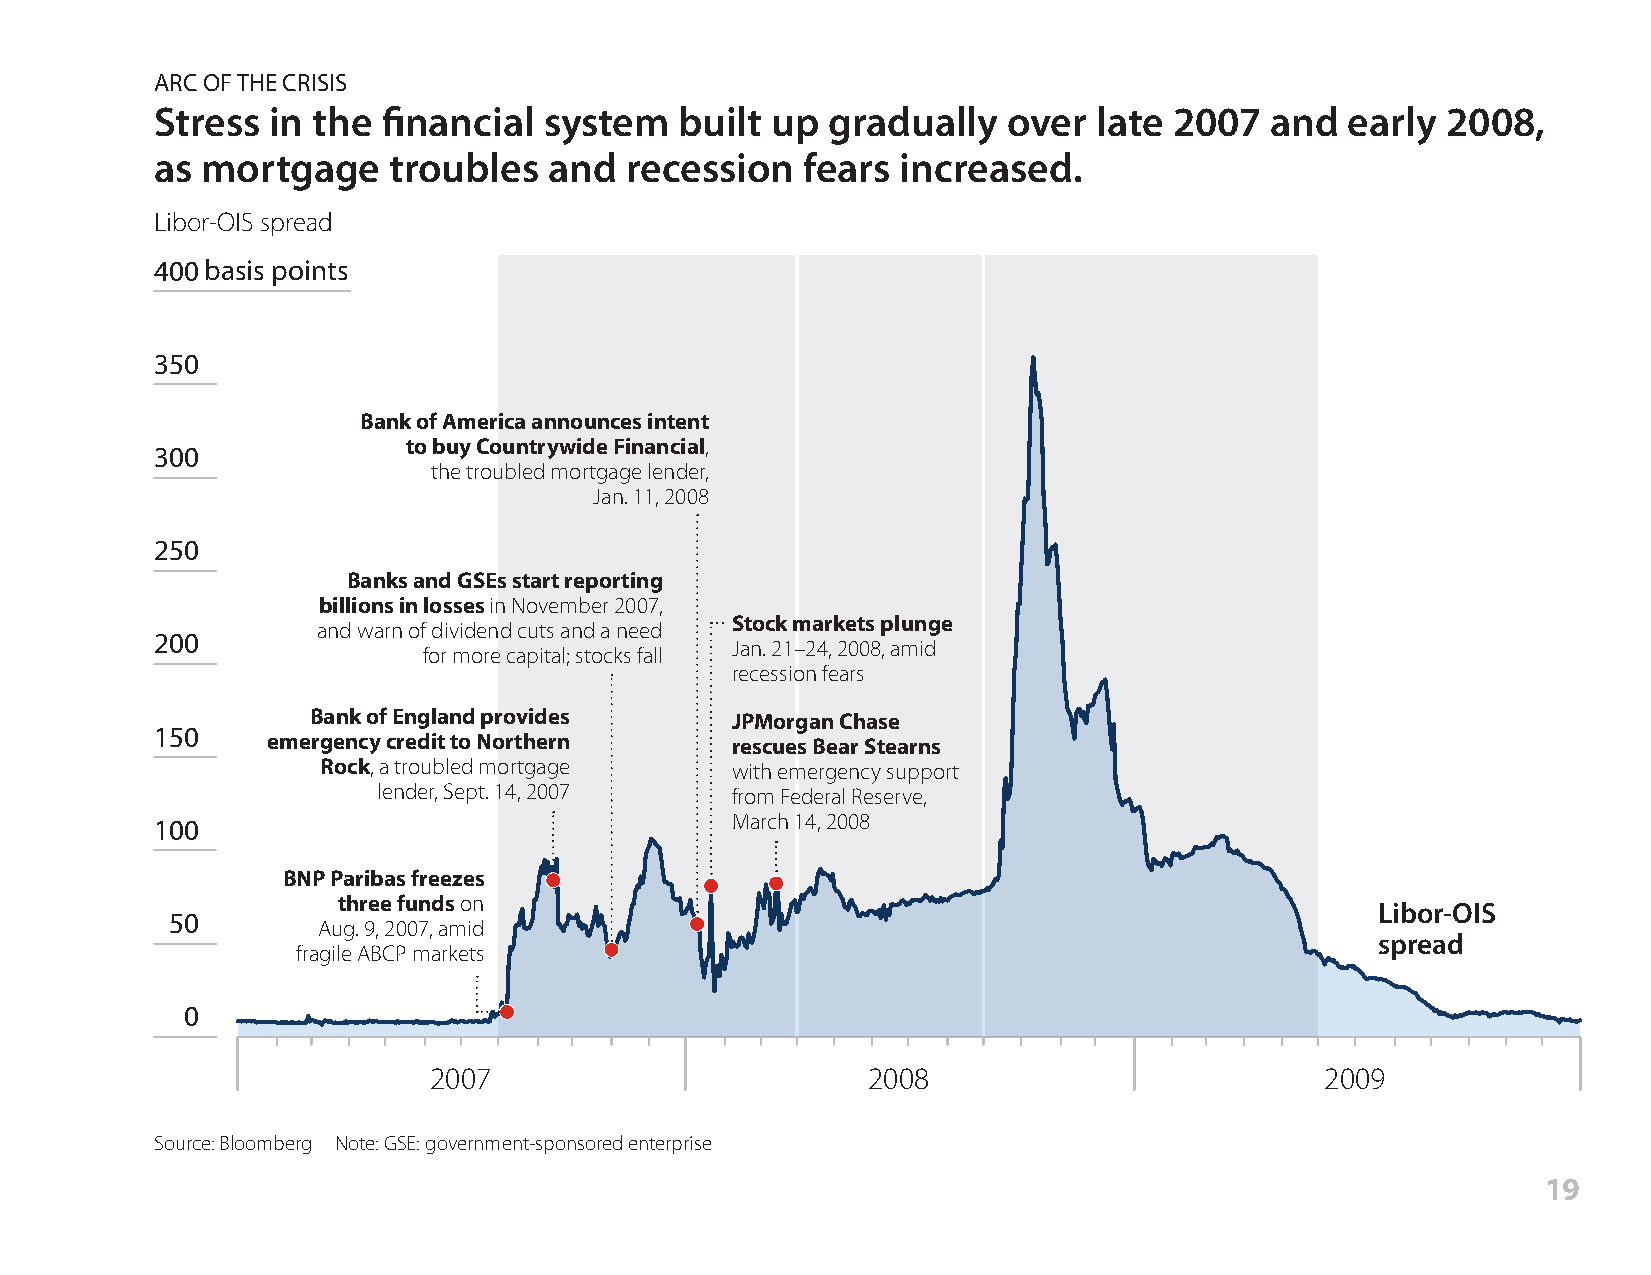
ARC OF THE CRISIS
 Stress  in the financial  system   built up  gradually   over  late 2007  and  early  2008,
 as mortgage     troubles  and  recession   fears  increased.
 Libor-OIS spread
 400 basis points
 350
 Bank of America announces intent
 to buy Countrywide Financial,
 300
 the troubled mortgage lender,
 Jan. 11, 2008
 250
 Banks and GSEs start reporting
 billions in losses in November 2007,
 Stock markets plunge
 and warn of dividend cuts and a need
 200
 Jan. 21–24, 2008, amid
 for more capital; stocks fall
 recession fears
 Bank of England provides    JPMorgan Chase
 150
 emergency credit to Northern  rescues Bear Stearns
 Rock, a troubled mortgage  with emergency support
 lender, Sept. 14, 2007 from Federal Reserve,
 100                                   March 14, 2008
 BNP Paribas freezes
 three funds on
 Libor-OIS
 50
 Aug. 9, 2007, amid
 spread
 fragile ABCP markets
 0
 2007                         2008                           2009
 Source: Bloomberg Note: GSE: government-sponsored enterprise
 19